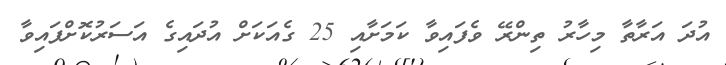
އުދަ އަރާތާ މިހާރު ތިންރޭ ވެފައިވާ ކަމަށާއި 25 ގެއަކަށް އުދައިގެ އަސަރުކޮށްފައިވާ